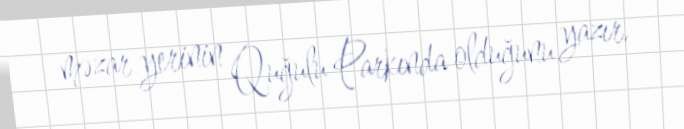
məzar yerinin Quğulu Parkında olduğunu yazır.